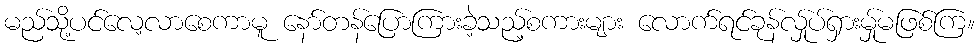
မည်သို့ပင်လေ့လာစေကာမူ နော်တန်ပြောကြားခဲ့သည့်စကားများ လောက်ရင်ခုန်လ်ှုပ်ရှားမ်ှုမဖြစ်ကြ။